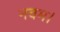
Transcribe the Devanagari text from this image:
नवम।